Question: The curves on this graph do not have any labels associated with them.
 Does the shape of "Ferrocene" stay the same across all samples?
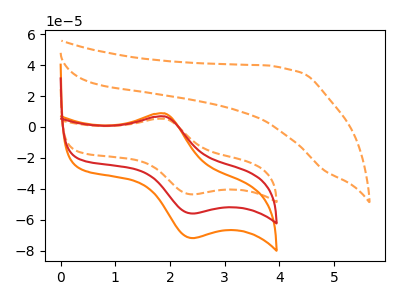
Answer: <think>The orange curve "orange" has an anodic peak at (1.90V, 13.60uA) and a cathodic peak at (2.40V, -111.80uA). The orange dashed curve "orange dashed" has an anodic peak at (1.90V, 5.30uA) and a cathodic peak at (2.40V, -43.55uA). The red curve "red" has an anodic peak at (1.90V, 6.80uA) and a cathodic peak at (2.40V, -55.90uA). The orange dashed curve "orange dashed" has no peaks.
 All the peaks in "orange" have a peak in "orange dashed" at the same potential. Every peak in "orange" is higher than every peak in "orange dashed". All the peaks in "orange" have a peak in "red" at the same potential. Every peak in "orange" is higher than every peak in "red". "orange" and "orange dashed" have a different number of peaks. All the peaks in "orange dashed" have a peak in "red" at the same potential. Every peak in "orange dashed" is lower than every peak in "red". "orange dashed" and "orange dashed" have a different number of peaks. "red" and "orange dashed" have a different number of peaks.</think>
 <answer>All the CV's of "Ferrocene" have similar shape.</answer>
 <eval>follow_rule</eval>